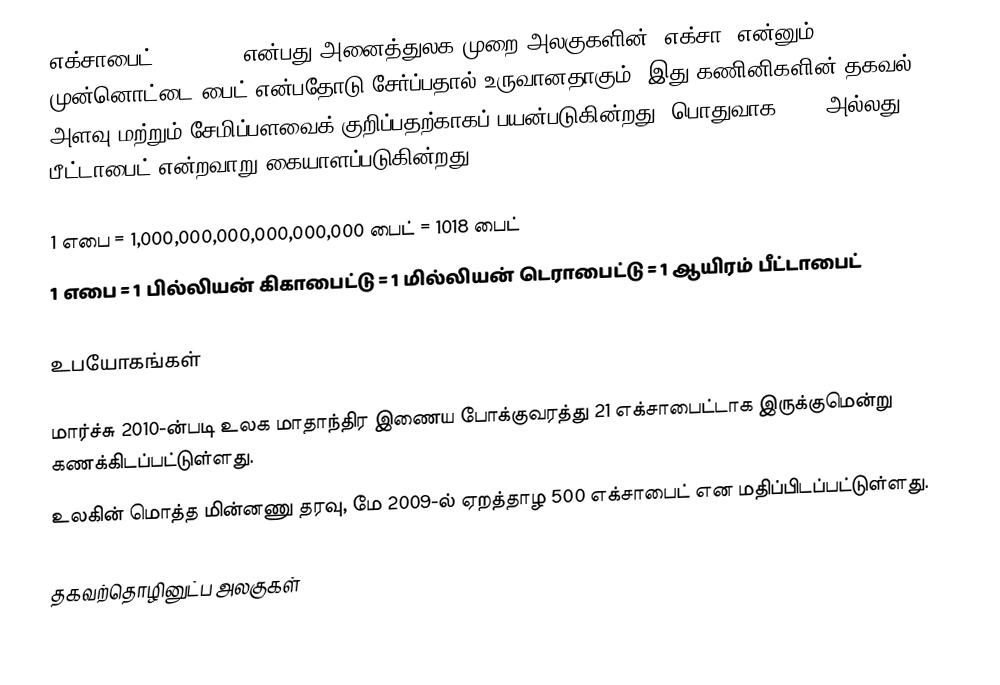
எக்சாபைட் (Exabyte) என்பது அனைத்துலக முறை அலகுகளின் "எக்சா" என்னும் முன்னொட்டை பைட் என்பதோடு சேர்ப்பதால் உருவானதாகும். இது கணினிகளின் தகவல் அளவு மற்றும் சேமிப்பளவைக் குறிப்பதற்காகப் பயன்படுகின்றது. பொதுவாக 1000 அல்லது 1024 பீட்டாபைட் என்றவாறு கையாளப்படுகின்றது.

  1 எபை = 1,000,000,000,000,000,000 பைட் = 1018 பைட்
  1 எபை = 1 பில்லியன் கிகாபைட்டு = 1 மில்லியன் டெராபைட்டு = 1 ஆயிரம் பீட்டாபைட்

உபயோகங்கள்

  மார்ச்சு 2010-ன்படி உலக மாதாந்திர இணைய போக்குவரத்து 21 எக்சாபைட்டாக இருக்குமென்று கணக்கிடப்பட்டுள்ளது.
  உலகின் மொத்த மின்னணு தரவு, மே 2009-ல் ஏறத்தாழ 500 எக்சாபைட் என மதிப்பிடப்பட்டுள்ளது.

தகவற்தொழினுட்ப அலகுகள்